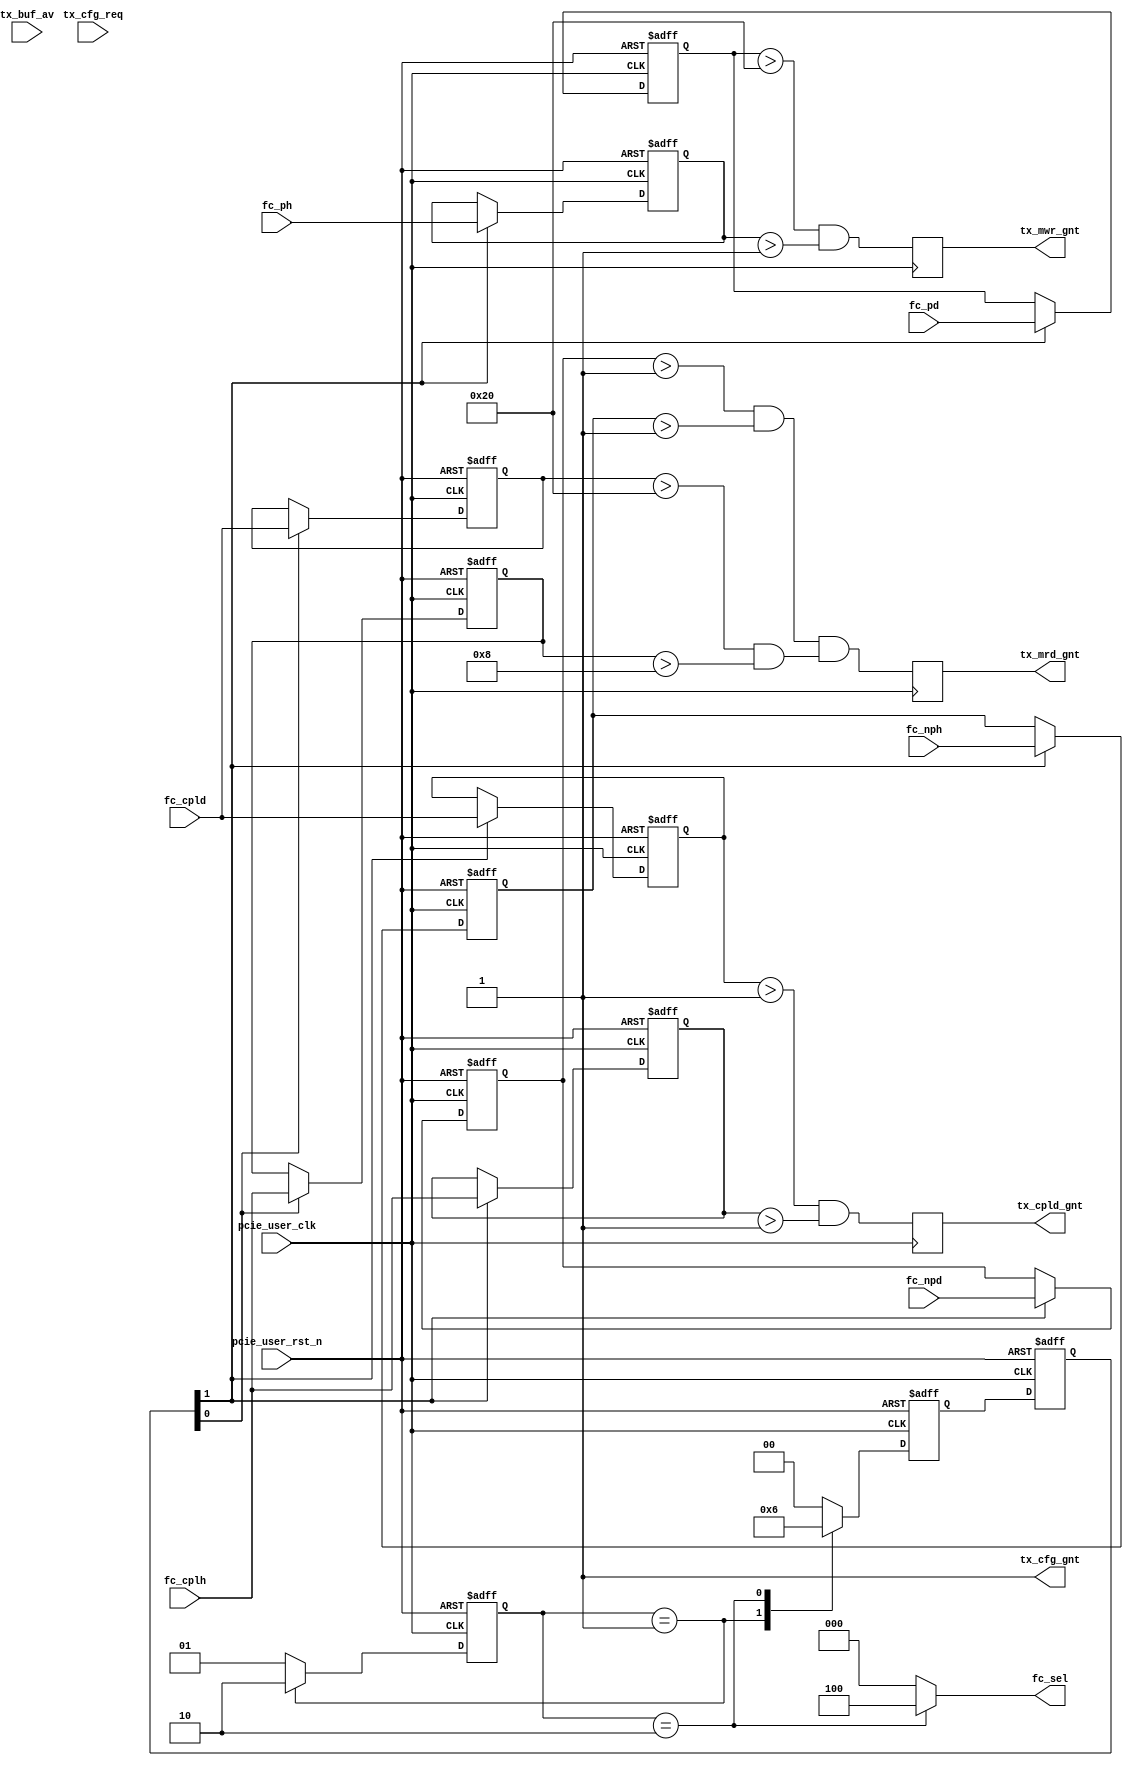

/*
----------------------------------------------------------------------------------
Copyright (c) 2013-2014

  Embedded and Network Computing Lab.
  Open SSD Project
  Hanyang University

All rights reserved.

----------------------------------------------------------------------------------

Redistribution and use in source and binary forms, with or without
modification, are permitted provided that the following conditions are
met:

  1. Redistributions of source code must retain the above copyright
     notice, this list of conditions and the following disclaimer.

  2. Redistributions in binary form must reproduce the above copyright
     notice, this list of conditions and the following disclaimer in the
     documentation and/or other materials provided with the distribution.

  3. All advertising materials mentioning features or use of this source code
     must display the following acknowledgement:
     This product includes source code developed 
     by the Embedded and Network Computing Lab. and the Open SSD Project.

THIS SOFTWARE IS PROVIDED BY THE COPYRIGHT HOLDERS AND CONTRIBUTORS "AS IS" AND
ANY EXPRESS OR IMPLIED WARRANTIES, INCLUDING, BUT NOT LIMITED TO, THE IMPLIED
WARRANTIES OF MERCHANTABILITY AND FITNESS FOR A PARTICULAR PURPOSE ARE
DISCLAIMED. IN NO EVENT SHALL THE COPYRIGHT OWNER OR CONTRIBUTORS BE LIABLE FOR
ANY DIRECT, INDIRECT, INCIDENTAL, SPECIAL, EXEMPLARY, OR CONSEQUENTIAL DAMAGES
(INCLUDING, BUT NOT LIMITED TO, PROCUREMENT OF SUBSTITUTE GOODS OR SERVICES;
LOSS OF USE, DATA, OR PROFITS; OR BUSINESS INTERRUPTION) HOWEVER CAUSED AND
ON ANY THEORY OF LIABILITY, WHETHER IN CONTRACT, STRICT LIABILITY, OR TORT
(INCLUDING NEGLIGENCE OR OTHERWISE) ARISING IN ANY WAY OUT OF THE USE OF THIS
SOFTWARE, EVEN IF ADVISED OF THE POSSIBILITY OF SUCH DAMAGE.

----------------------------------------------------------------------------------

http://enclab.hanyang.ac.kr/
http://www.openssd-project.org/
http://www.hanyang.ac.kr/

----------------------------------------------------------------------------------
*/


`timescale 1ns / 1ps


module pcie_fc_cntl 
(
//PCIe user clock
	input									pcie_user_clk,
	input									pcie_user_rst_n,

// Flow Control
	input	[11:0]							fc_cpld,
	input	[7:0]							fc_cplh,
	input	[11:0]							fc_npd,
	input	[7:0]							fc_nph,
	input	[11:0]							fc_pd,
	input	[7:0]							fc_ph,
	output	[2:0]							fc_sel,

	input									tx_cfg_req,
	output									tx_cfg_gnt,
	input	[5:0]							tx_buf_av,

	output									tx_cpld_gnt,
	output									tx_mrd_gnt,
	output									tx_mwr_gnt
);

parameter	P_RX_CONSTRAINT_FC_CPLD		= 32;
parameter	P_RX_CONSTRAINT_FC_CPLH		= 8;

parameter	P_TX_CONSTRAINT_FC_CPLD		= 1;
parameter	P_TX_CONSTRAINT_FC_CPLH		= 1;
parameter	P_TX_CONSTRAINT_FC_NPD		= 1;
parameter	P_TX_CONSTRAINT_FC_NPH		= 1;
parameter	P_TX_CONSTRAINT_FC_PD		= 32;
parameter	P_TX_CONSTRAINT_FC_PH		= 1;

localparam	S_RX_AVAILABLE_FC_SEL			= 2'b01;
localparam	S_TX_AVAILABLE_FC_SEL			= 2'b10;

reg		[1:0]								cur_state;
reg		[1:0]								next_state;

reg		[11:0]							r_rx_available_fc_cpld;
reg		[7:0]							r_rx_available_fc_cplh;
reg		[11:0]							r_rx_available_fc_npd;
reg		[7:0]							r_rx_available_fc_nph;
reg		[11:0]							r_rx_available_fc_pd;
reg		[7:0]							r_rx_available_fc_ph;

reg		[11:0]							r_tx_available_fc_cpld;
reg		[7:0]							r_tx_available_fc_cplh;
reg		[11:0]							r_tx_available_fc_npd;
reg		[7:0]							r_tx_available_fc_nph;
reg		[11:0]							r_tx_available_fc_pd;
reg		[7:0]							r_tx_available_fc_ph;

wire									w_rx_available_fc_cpld;
wire									w_rx_available_fc_cplh;

wire									w_tx_available_fc_cpld;
wire									w_tx_available_fc_cplh;
wire									w_tx_available_fc_npd;
wire									w_tx_available_fc_nph;
wire									w_tx_available_fc_pd;
wire									w_tx_available_fc_ph;

reg		[2:0]							r_fc_sel;
reg		[1:0]							r_rd_fc_sel;
reg		[1:0]							r_rd_fc_sel_d1;
reg		[1:0]							r_rd_fc_sel_d2;

reg										r_tx_cpld_gnt;
reg										r_tx_mrd_gnt;
reg										r_tx_mwr_gnt;

assign fc_sel = r_fc_sel;
assign tx_cfg_gnt = 1'b1;

assign tx_cpld_gnt = r_tx_cpld_gnt;
assign tx_mrd_gnt = r_tx_mrd_gnt;
assign tx_mwr_gnt = r_tx_mwr_gnt;

always @ (posedge pcie_user_clk or negedge pcie_user_rst_n)
begin
	if(pcie_user_rst_n == 0)
		cur_state <= S_RX_AVAILABLE_FC_SEL;
	else
		cur_state <= next_state;
end

always @ (*)
begin
	case(cur_state)
		S_RX_AVAILABLE_FC_SEL: begin
			next_state <= S_TX_AVAILABLE_FC_SEL;
		end
		S_TX_AVAILABLE_FC_SEL: begin
			next_state <= S_RX_AVAILABLE_FC_SEL;
		end
		default: begin
			next_state <= S_RX_AVAILABLE_FC_SEL;
		end
	endcase
end

always @ (*)
begin
	case(cur_state)
		S_RX_AVAILABLE_FC_SEL: begin
			r_fc_sel <= 3'b000;
			r_rd_fc_sel <= 2'b01;
		end
		S_TX_AVAILABLE_FC_SEL: begin
			r_fc_sel <= 3'b100;
			r_rd_fc_sel <= 2'b10;
		end
		default: begin
			r_fc_sel <= 3'b000;
			r_rd_fc_sel <= 2'b00;
		end
	endcase
end

assign w_rx_available_fc_cpld = (r_rx_available_fc_cpld > P_RX_CONSTRAINT_FC_CPLD);
assign w_rx_available_fc_cplh = (r_rx_available_fc_cplh > P_RX_CONSTRAINT_FC_CPLH);

assign w_tx_available_fc_cpld = (r_tx_available_fc_cpld > P_TX_CONSTRAINT_FC_CPLD);
assign w_tx_available_fc_cplh = (r_tx_available_fc_cplh > P_TX_CONSTRAINT_FC_CPLH);
assign w_tx_available_fc_npd = (r_tx_available_fc_npd > P_TX_CONSTRAINT_FC_NPD);
assign w_tx_available_fc_nph = (r_tx_available_fc_nph > P_TX_CONSTRAINT_FC_NPH);
assign w_tx_available_fc_pd = (r_tx_available_fc_pd > P_TX_CONSTRAINT_FC_PD);
assign w_tx_available_fc_ph = (r_tx_available_fc_ph > P_TX_CONSTRAINT_FC_PH);

always @ (posedge pcie_user_clk)
begin
	r_tx_cpld_gnt <= w_tx_available_fc_cpld & w_tx_available_fc_cplh;
	r_tx_mrd_gnt <= (w_tx_available_fc_npd & w_tx_available_fc_nph) & (w_rx_available_fc_cpld & w_rx_available_fc_cplh);
	r_tx_mwr_gnt <= w_tx_available_fc_pd & w_tx_available_fc_ph;
end

always @ (posedge pcie_user_clk or negedge pcie_user_rst_n)
begin
	if(pcie_user_rst_n == 0) begin
		r_rd_fc_sel_d1 <= 0;
		r_rd_fc_sel_d2 <= 0;
	end
	else begin
		r_rd_fc_sel_d1 <= r_rd_fc_sel;
		r_rd_fc_sel_d2 <= r_rd_fc_sel_d1;
	end
end

always @ (posedge pcie_user_clk or negedge pcie_user_rst_n)
begin
	if(pcie_user_rst_n == 0) begin
		r_rx_available_fc_cpld <= 0;
		r_rx_available_fc_cplh <= 0;
		r_rx_available_fc_npd <= 0;
		r_rx_available_fc_nph <= 0;
		r_rx_available_fc_pd <= 0;
		r_rx_available_fc_ph <= 0;

		r_tx_available_fc_cpld <= 0;
		r_tx_available_fc_cplh <= 0;
		r_tx_available_fc_npd <= 0;
		r_tx_available_fc_nph <= 0;
		r_tx_available_fc_pd <= 0;
		r_tx_available_fc_ph <= 0;
	end
	else begin
		if(r_rd_fc_sel_d2[0] == 1) begin
			r_rx_available_fc_cpld <= fc_cpld;
			r_rx_available_fc_cplh <= fc_cplh;
			r_rx_available_fc_npd <= fc_npd;
			r_rx_available_fc_nph <= fc_nph;
			r_rx_available_fc_pd <= fc_pd;
			r_rx_available_fc_ph <= fc_ph;
		end
		if(r_rd_fc_sel_d2[1] == 1) begin
			r_tx_available_fc_cpld <= fc_cpld;
			r_tx_available_fc_cplh <= fc_cplh;
			r_tx_available_fc_npd <= fc_npd;
			r_tx_available_fc_nph <= fc_nph;
			r_tx_available_fc_pd <= fc_pd;
			r_tx_available_fc_ph <= fc_ph;
		end
	end
end

/*
parameter	P_RX_AVAILABLE_FC_CPLD		= 36;
parameter	P_RX_AVAILABLE_FC_CPLH		= 36;

parameter	P_TX_AVAILABLE_FC_CPLD		= 36;
parameter	P_TX_AVAILABLE_FC_CPLH		= 36;

parameter	P_TX_AVAILABLE_FC_NPD		= 36;
parameter	P_TX_AVAILABLE_FC_NPH		= 36;

parameter	P_TX_AVAILABLE_FC_PD		= 36;
parameter	P_TX_AVAILABLE_FC_PH		= 36;

reg		[11:0]							r_rx_available_fc_cpld;
reg		[7:0]							r_rx_available_fc_cplh;
reg		[11:0]							r_rx_available_fc_npd;
reg		[7:0]							r_rx_available_fc_nph;
reg		[11:0]							r_rx_available_fc_pd;
reg		[7:0]							r_rx_available_fc_ph;

reg		[11:0]							r_rx_limit_fc_cpld;
reg		[7:0]							r_rx_limit_fc_cplh;
reg		[11:0]							r_rx_limit_fc_npd;
reg		[7:0]							r_rx_limit_fc_nph;
reg		[11:0]							r_rx_limit_fc_pd;
reg		[7:0]							r_rx_limit_fc_ph;

reg		[11:0]							r_rx_consumed_fc_cpld;
reg		[7:0]							r_rx_consumed_fc_cplh;
reg		[11:0]							r_rx_consumed_fc_npd;
reg		[7:0]							r_rx_consumed_fc_nph;
reg		[11:0]							r_rx_consumed_fc_pd;
reg		[7:0]							r_rx_consumed_fc_ph;

reg		[11:0]							r_tx_available_fc_cpld;
reg		[7:0]							r_tx_available_fc_cplh;
reg		[11:0]							r_tx_available_fc_npd;
reg		[7:0]							r_tx_available_fc_nph;
reg		[11:0]							r_tx_available_fc_pd;
reg		[7:0]							r_tx_available_fc_ph;

reg		[11:0]							r_tx_limit_fc_cpld;
reg		[7:0]							r_tx_limit_fc_cplh;
reg		[11:0]							r_tx_limit_fc_npd;
reg		[7:0]							r_tx_limit_fc_nph;
reg		[11:0]							r_tx_limit_fc_pd;
reg		[7:0]							r_tx_limit_fc_ph;

reg		[11:0]							r_tx_consumed_fc_cpld;
reg		[7:0]							r_tx_consumed_fc_cplh;
reg		[11:0]							r_tx_consumed_fc_npd;
reg		[7:0]							r_tx_consumed_fc_nph;
reg		[11:0]							r_tx_consumed_fc_pd;
reg		[7:0]							r_tx_consumed_fc_ph;

reg		[2:0]							r_fc_sel;
reg		[5:0]							r_rd_fc_sel;
reg		[5:0]							r_rd_fc_sel_d1;
reg		[5:0]							r_rd_fc_sel_d2;

reg										r_tx_cpld_gnt;
reg										r_tx_mrd_gnt;
reg										r_tx_mwr_gnt;

assign tx_cfg_gnt = 1'b1;

assign tx_cpld_gnt = r_tx_cpld_gnt;
assign tx_mrd_gnt = r_tx_mrd_gnt;
assign tx_mwr_gnt = r_tx_mwr_gnt;

always @ (posedge pcie_user_clk or negedge pcie_user_rst_n)
begin
	if(pcie_user_rst_n == 0)
		cur_state <= S_RX_AVAILABLE_FC_SEL;
	else
		cur_state <= next_state;
end

always @ (*)
begin
	case(cur_state)
		S_RX_AVAILABLE_FC_SEL: begin
			next_state <= S_RX_LITMIT_FC_SEL;
		end
		S_RX_LITMIT_FC_SEL: begin
			next_state <= S_RX_CONSUMED_FC_SEL;
		end
		S_RX_CONSUMED_FC_SEL: begin
			next_state <= S_TX_AVAILABLE_FC_SEL;
		end
		S_TX_AVAILABLE_FC_SEL: begin
			next_state <= S_TX_LITMIT_FC_SEL;
		end
		S_TX_LITMIT_FC_SEL: begin
			next_state <= S_TX_CONSUMED_FC_SEL;
		end
		S_TX_CONSUMED_FC_SEL: begin
			next_state <= S_RX_AVAILABLE_FC_SEL;
		end
		default: begin
			next_state <= S_RX_AVAILABLE_FC_SEL;
		end
	endcase
end

always @ (*)
begin
	case(cur_state)
		S_RX_AVAILABLE_FC_SEL: begin
			r_fc_sel <= 3'b000;
			r_rd_fc_sel <= 6'b000001;
		end
		S_RX_LITMIT_FC_SEL: begin
			r_fc_sel <= 3'b001;
			r_rd_fc_sel <= 6'b000010;
		end
		S_RX_CONSUMED_FC_SEL: begin
			r_fc_sel <= 3'b010;
			r_rd_fc_sel <= 6'b000100;
		end
		S_TX_AVAILABLE_FC_SEL: begi
			r_fc_sel <= 3'b100;
			r_rd_fc_sel <= 6'b001000;
		end
		S_TX_LITMIT_FC_SEL: begin
			r_fc_sel <= 3'b101;
			r_rd_fc_sel <= 6'b010000;
		end
		S_TX_CONSUMED_FC_SEL: begin
			r_fc_sel <= 3'b110;
			r_rd_fc_sel <= 6'b100000;
		end
		default: begin
			r_fc_sel <= 3'b000;
			r_rd_fc_sel <= 6'b000000;
		end
	endcase
end

always @ (posedge pcie_user_clk or negedge pcie_user_rst_n)
begin
	r_tx_cpld_gnt;
	r_tx_mrd_gnt;
	r_tx_mwr_gnt;
end

always @ (posedge pcie_user_clk or negedge pcie_user_rst_n)
begin
	if(pcie_user_rst_n == 0) begin
		r_rd_fc_sel_d1 <= 0;
		r_rd_fc_sel_d2 <= 0;
	end
	else begin
		r_rd_fc_sel_d1 <= r_rd_fc_sel;
		r_rd_fc_sel_d2 <= r_rd_fc_sel_d1;
	end
end

always @ (posedge pcie_user_clk or negedge pcie_user_rst_n)
begin
	if(pcie_user_rst_n == 0) begin
		r_rx_available_fc_cpld <= 0;
		r_rx_available_fc_cplh <= 0;
		r_rx_available_fc_npd <= 0;
		r_rx_available_fc_nph <= 0;
		r_rx_available_fc_pd <= 0;
		r_rx_available_fc_ph <= 0;

		r_rx_limit_fc_cpld <= 0;
		r_rx_limit_fc_cplh <= 0;
		r_rx_limit_fc_npd <= 0;
		r_rx_limit_fc_nph <= 0;
		r_rx_limit_fc_pd <= 0;
		r_rx_limit_fc_ph <= 0;

		r_rx_consumed_fc_cpld <= 0;
		r_rx_consumed_fc_cplh <= 0;
		r_rx_consumed_fc_npd <= 0;
		r_rx_consumed_fc_nph <= 0;
		r_rx_consumed_fc_pd <= 0;
		r_rx_consumed_fc_ph <= 0;

		r_tx_available_fc_cpld <= 0;
		r_tx_available_fc_cplh <= 0;
		r_tx_available_fc_npd <= 0;
		r_tx_available_fc_nph <= 0;
		r_tx_available_fc_pd <= 0;
		r_tx_available_fc_ph <= 0;

		r_tx_limit_fc_cpld <= 0;
		r_tx_limit_fc_cplh <= 0;
		r_tx_limit_fc_npd <= 0;
		r_tx_limit_fc_nph <= 0;
		r_tx_limit_fc_pd <= 0;
		r_tx_limit_fc_ph <= 0;

		r_tx_consumed_fc_cpld <= 0;
		r_tx_consumed_fc_cplh <= 0;
		r_tx_consumed_fc_npd <= 0;
		r_tx_consumed_fc_nph <= 0;
		r_tx_consumed_fc_pd <= 0;
		r_tx_consumed_fc_ph <= 0;
	end
	else begin
		if(r_rd_fc_sel_d2[0] == 1) begin
			r_rx_available_fc_cpld <= fc_cpld;
			r_rx_available_fc_cplh <= fc_cplh;
			r_rx_available_fc_npd <= fc_npd;
			r_rx_available_fc_nph <= fc_nph;
			r_rx_available_fc_pd <= fc_pd;
			r_rx_available_fc_ph <= fc_ph;
		end
		if(r_rd_fc_sel_d2[1] == 1) begin
			r_rx_limit_fc_cpld <= fc_cpld;
			r_rx_limit_fc_cplh <= fc_cplh;
			r_rx_limit_fc_npd <= fc_npd;
			r_rx_limit_fc_nph <= fc_nph;
			r_rx_limit_fc_pd <= fc_pd;
			r_rx_limit_fc_ph <= fc_ph;
		end
		if(r_rd_fc_sel_d2[2] == 1) begin
			r_rx_consumed_fc_cpld <= fc_cpld;
			r_rx_consumed_fc_cplh <= fc_cplh;
			r_rx_consumed_fc_npd <= fc_npd;
			r_rx_consumed_fc_nph <= fc_nph;
			r_rx_consumed_fc_pd <= fc_pd;
			r_rx_consumed_fc_ph <= fc_ph;
		end
		if(r_rd_fc_sel_d2[3] == 1) begin
			r_tx_available_fc_cpld <= fc_cpld;
			r_tx_available_fc_cplh <= fc_cplh;
			r_tx_available_fc_npd <= fc_npd;
			r_tx_available_fc_nph <= fc_nph;
			r_tx_available_fc_pd <= fc_pd;
			r_tx_available_fc_ph <= fc_ph;
		end
		if(r_rd_fc_sel_d2[4] == 1) begin
			r_tx_limit_fc_cpld <= fc_cpld;
			r_tx_limit_fc_cplh <= fc_cplh;
			r_tx_limit_fc_npd <= fc_npd;
			r_tx_limit_fc_nph <= fc_nph;
			r_tx_limit_fc_pd <= fc_pd;
			r_tx_limit_fc_ph <= fc_ph;
		end
		if(r_rd_fc_sel_d2[5] == 1) begin
			r_tx_consumed_fc_cpld <= fc_cpld;
			r_tx_consumed_fc_cplh <= fc_cplh;
			r_tx_consumed_fc_npd <= fc_npd;
			r_tx_consumed_fc_nph <= fc_nph;
			r_tx_consumed_fc_pd <= fc_pd;
			r_tx_consumed_fc_ph <= fc_ph;
		end
	end
end
*/

endmodule